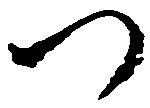
つ